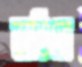
ভাঙিতে